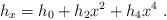
LaTeX: \begin{align*} h_x=h_0+h_2 x^2 + h_4 x^4~.\end{align*}